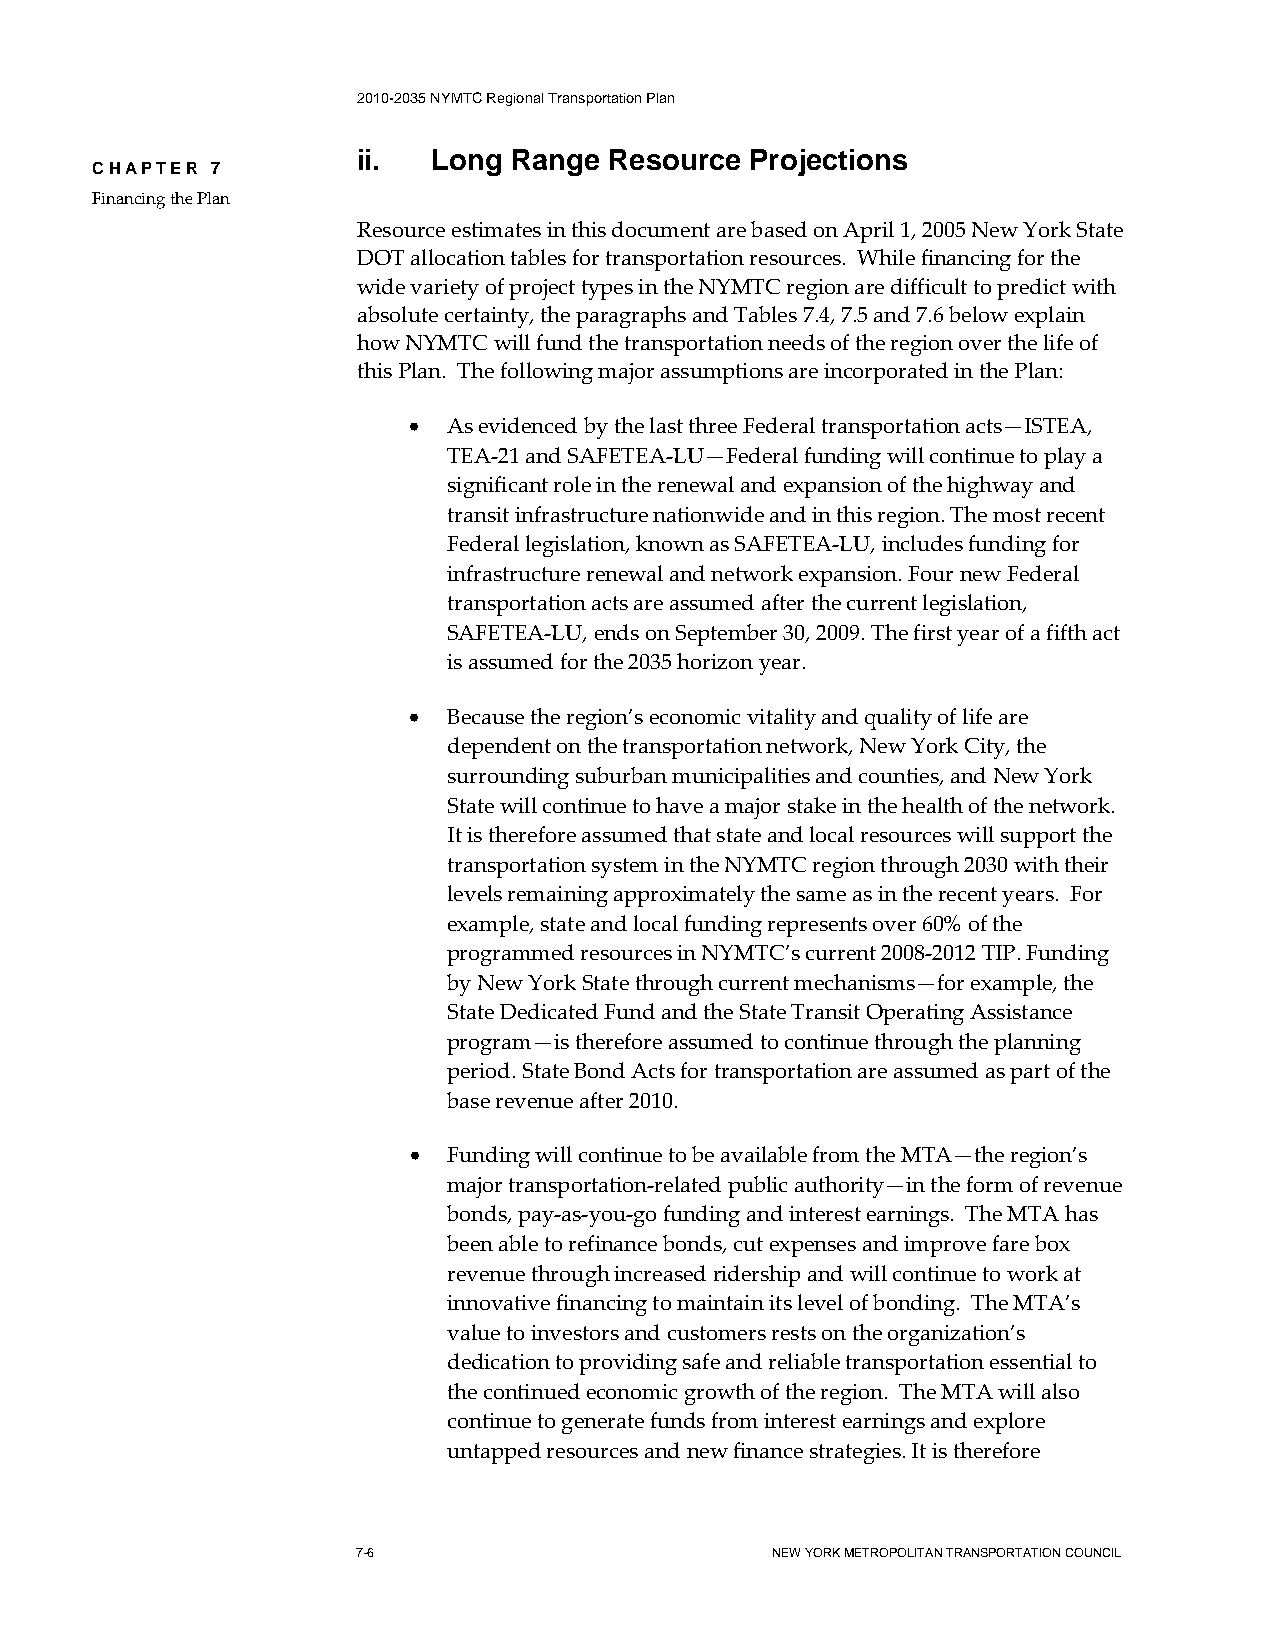
2010-2035 NYMTC Regional Transportation Plan
 ii.  Long Range Resource  Projections
 CHAPTER 7
 Financing the Plan
 Resource estimates in this document are based on April 1, 2005 New York State
 DOT allocation tables for transportation resources. While financing for the
 wide variety of project types in the NYMTC region are difficult to predict with
 absolute certainty, the paragraphs and Tables 7.4, 7.5 and 7.6 below explain
 how NYMTC will fund the transportation needs of the region over the life of
 this Plan. The following major assumptions are incorporated in the Plan:
 •  As evidenced by the last three Federal transportation acts—ISTEA,
 TEA-21 and SAFETEA-LU—Federal funding will continue to play a
 significant role in the renewal and expansion of the highway and
 transit infrastructure nationwide and in this region. The most recent
 Federal legislation, known as SAFETEA-LU, includes funding for
 infrastructure renewal and network expansion. Four new Federal
 transportation acts are assumed after the current legislation,
 SAFETEA-LU, ends on September 30, 2009. The first year of a fifth act
 is assumed for the 2035 horizon year.
 •  Because the region’s economic vitality and quality of life are
 dependent on the transportation network, New York City, the
 surrounding suburban municipalities and counties, and New York
 State will continue to have a major stake in the health of the network.
 It is therefore assumed that state and local resources will support the
 transportation system in the NYMTC region through 2030 with their
 levels remaining approximately the same as in the recent years. For
 example, state and local funding represents over 60% of the
 programmed resources in NYMTC’s current 2008-2012 TIP. Funding
 by New York State through current mechanisms—for example, the
 State Dedicated Fund and the State Transit Operating Assistance
 program—is therefore assumed to continue through the planning
 period. State Bond Acts for transportation are assumed as part of the
 base revenue after 2010.
 •  Funding will continue to be available from the MTA—the region’s
 major transportation-related public authority—in the form of revenue
 bonds, pay-as-you-go funding and interest earnings. The MTA has
 been able to refinance bonds, cut expenses and improve fare box
 revenue through increased ridership and will continue to work at
 innovative financing to maintain its level of bonding. The MTA’s
 value to investors and customers rests on the organization’s
 dedication to providing safe and reliable transportation essential to
 the continued economic growth of the region. The MTA will also
 continue to generate funds from interest earnings and explore
 untapped resources and new finance strategies. It is therefore
 7-6                        NEW YORK METROPOLITAN TRANSPORTATION COUNCIL